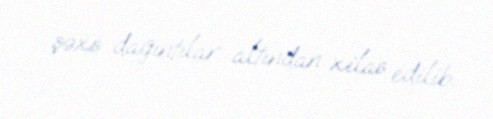
şəxs dağıntılar altından xilas edilib.